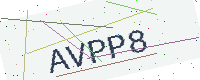
Text: AVPP8